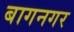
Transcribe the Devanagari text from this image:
बागनगर